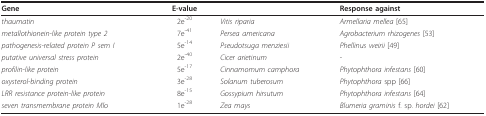
<table><thead><tr><td><b>Gene</b></td><td><b>E-value</b></td><td></td><td><b>Response against</b></td></tr></thead><tbody><tr><td><i>thaumatin</i></td><td>2e<sup>-20</sup></td><td><i>Vitis riparia</i></td><td><i>Armellaria mellea </i>[65]</td></tr><tr><td><i>metallothionein-like protein type 2</i></td><td>7e<sup>-41</sup></td><td><i>Persea americana</i></td><td><i>Agrobacterium rhizogenes </i>[53]</td></tr><tr><td><i>pathogenesis-related protein P sem I</i></td><td>5e<sup>-14</sup></td><td><i>Pseudotsuga menziesii</i></td><td><i>Phellinus weirii </i>[49]</td></tr><tr><td><i>putative universal stress protein</i></td><td>2e<sup>-40</sup></td><td><i>Cicer arietinum</i></td><td>-</td></tr><tr><td><i>profilin-like protein</i></td><td>5e<sup>-17</sup></td><td><i>Cinnamomum camphora</i></td><td><i>Phytophthora infestans </i>[60]</td></tr><tr><td><i>oxysterol-binding protein</i></td><td>3e<sup>-28</sup></td><td><i>Solanum tuberosum</i></td><td><i>Phytophthora </i>spp [66]</td></tr><tr><td><i>LRR resistance protein-like protein</i></td><td>8e<sup>-15</sup></td><td><i>Gossypium hirsutum</i></td><td><i>Phytophthora infestans </i>[64]</td></tr><tr><td><i>seven transmembrane protein Mlo</i></td><td>1e<sup>-28</sup></td><td><i>Zea mays</i></td><td><i>Blumeria graminis </i>f. sp. <i>hordei </i>[62]</td></tr></tbody></table>